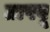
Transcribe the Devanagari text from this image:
तापवू